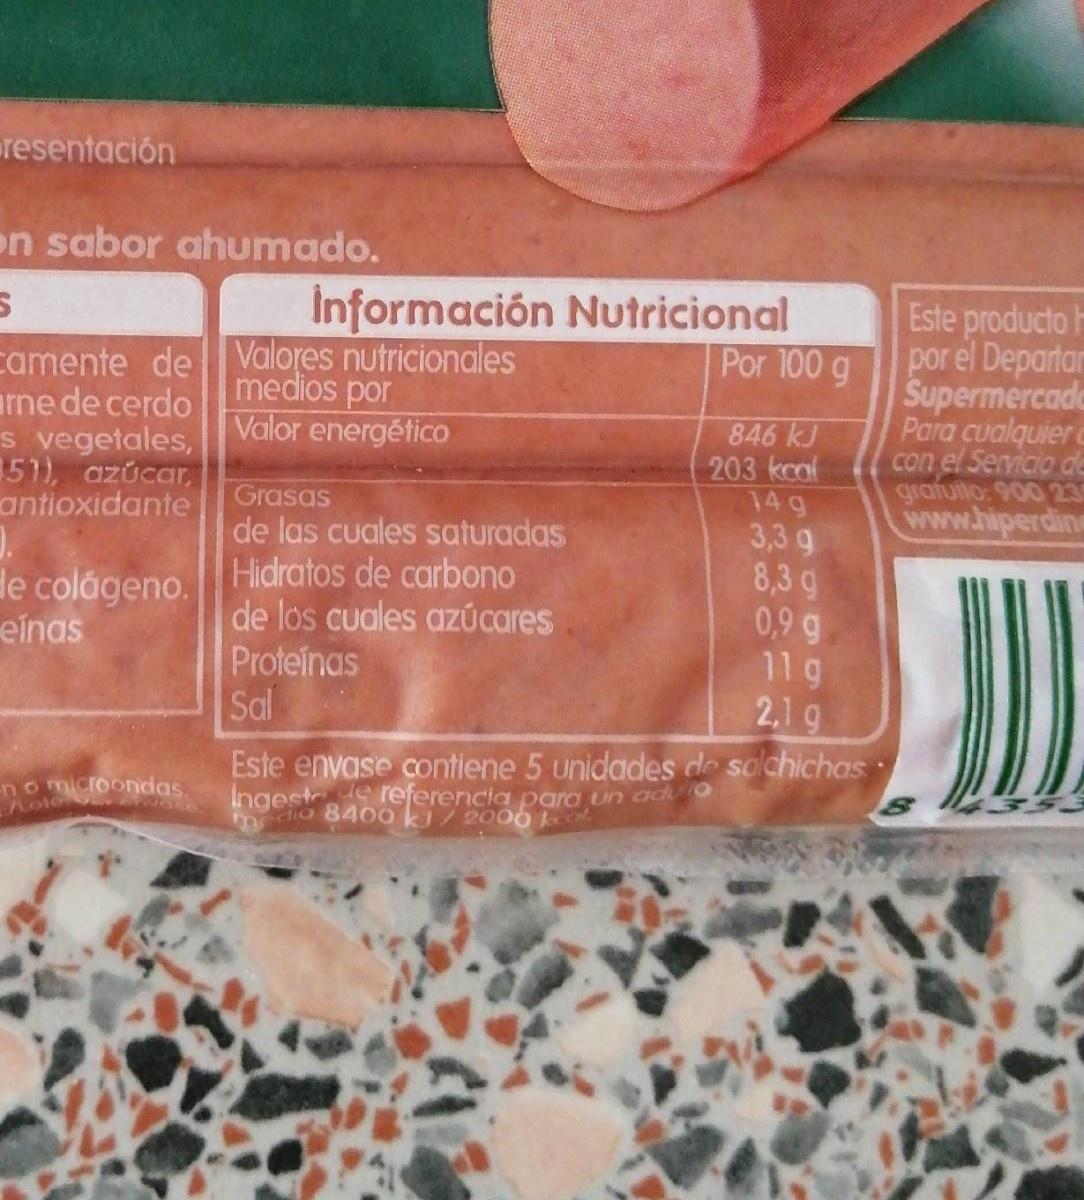
resentación
on sabor ahumado.
Información Nutricional Por 100 g
camente de Valores nutricionales ne de cerdo s vegetales, 151), azúcar, antioxidante
Este producto H por el Departar Supermercado Para cualquier c con el Servicio de grafuito: 900 23 www.hiperdine
medios por Valor energético
846 kJ 203 kcol 14 g 3,3 g 8,3 g 0,9 g 11 g
Grasas
de las cuales saturadas Hidratos de carbono de los cuales azÚcares Proteinas Sal
le colágeno. einas
2,1 g
no microondas. Aole
Este envase contiene 5 unidades de salchichas: Ingeste referencia para un ado Fodio 8400 k/2000